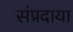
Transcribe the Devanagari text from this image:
संप्रदाया